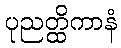
ပုညတ္ထိကာနံ